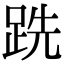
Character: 跣